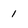
Character: 1